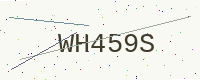
Text: WH459S